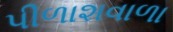
પીળાશવાળા